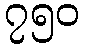
၇၅၀